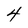
Character: 4